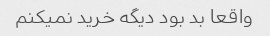
واقعا بد بود دیگه خرید نمیکنم